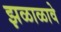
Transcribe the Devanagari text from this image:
झळाळावे